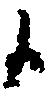
日